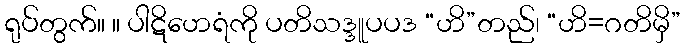
ရုပ်တွက်။ ။ ပါဋိဟေရံကို ပတိသဒ္ဒူပပဒ “ဟိ”တည်၊ “ဟိ=ဂတိမှိ”